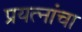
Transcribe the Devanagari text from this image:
प्रयत्‍नांचा